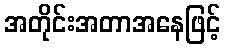
အတိုင်းအတာအနေဖြင့်